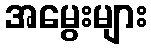
အမွေးများ